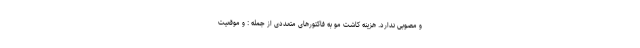
و مصوبی ندارد. هزینه کاشت مو به فاکتورهای متعددی از جمله : و موقعیت